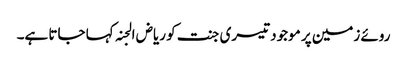
روئے زمین پر موجود تیسری جنت کو ریاض الجنہ کہا جاتا ہے۔